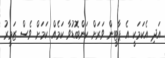
އަދި އެކަމަކީ އެ ޕާޓީން ވަރަށް ކަންބޮޑުވާ ކަމެއް ކަމަށް ވެސް ޒަމީރު